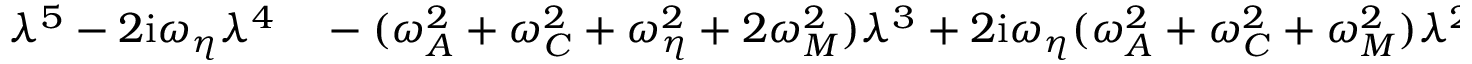
\begin{array} { r l } { \lambda ^ { 5 } - 2 \mathrm { i } \omega _ { \eta } \lambda ^ { 4 } } & { { } - ( \omega _ { A } ^ { 2 } + \omega _ { C } ^ { 2 } + \omega _ { \eta } ^ { 2 } + 2 \omega _ { M } ^ { 2 } ) \lambda ^ { 3 } + 2 \mathrm { i } \omega _ { \eta } ( \omega _ { A } ^ { 2 } + \omega _ { C } ^ { 2 } + \omega _ { M } ^ { 2 } ) \lambda ^ { 2 } } \end{array}